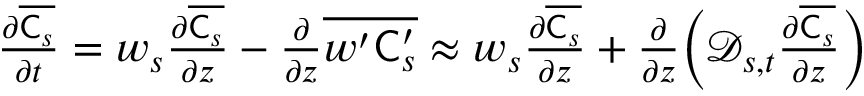
\begin{array} { r } { \frac { \partial \overline { { \mathsf { C } _ { s } } } } { \partial t } = w _ { s } \frac { \partial \overline { { \mathsf { C } _ { s } } } } { \partial z } - \frac { \partial } { \partial z } \overline { { w ^ { \prime } \mathsf { C } _ { s } ^ { \prime } } } \approx w _ { s } \frac { \partial \overline { { \mathsf { C } _ { s } } } } { \partial z } + \frac { \partial } { \partial z } \biggl ( \mathcal { D } _ { s , t } \frac { \partial \overline { { \mathsf { C } _ { s } } } } { \partial z } \biggr ) } \end{array}